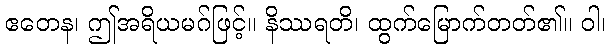
ဧတေန၊ ဤအရိယမဂ်ဖြင့်။ နိဿရတိ၊ ထွက်မြောက်တတ်၏။ ဝါ၊